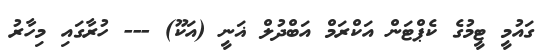
ގައުމީ ޓީމުގެ ކެޕްޓަން އަކްރަމް އަބްދުލް ޣަނީ (އަކޫ) --- ހުރާގައި މިހާރު